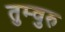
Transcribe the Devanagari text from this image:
तुम्वुरु